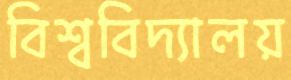
বিশ্ববিদ্যালয়